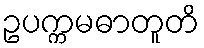
ဥပက္ကမဓာတူတိ